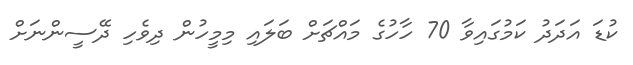
ކުޑަ އަދަދު ކަމުގައިވާ 70 ހާހުގެ މައްޗަށް ބަލައި މިމީހުން ދިވެހި ދޭސީންނަށް